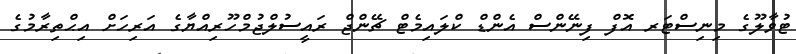
ޓުވާލޫގެ މިނިސްޓަރ އޮފް ފިނޭންސް އެންޑް ކްލައިމެޓް ޗޭންޖް ރައީސުލްޖުމްހޫރިއްޔާގެ އަރިހަށް އިޙްތިރާމުގެ